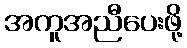
အကူအညီပေးဖို့